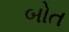
બોત